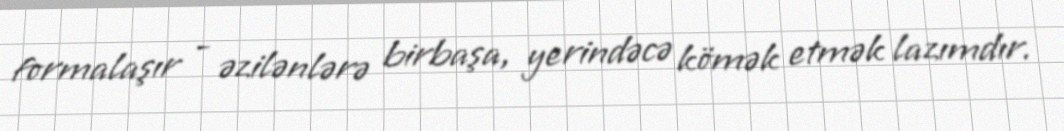
formalaşır - əzilənlərə birbaşa, yerindəcə kömək etmək lazımdır.